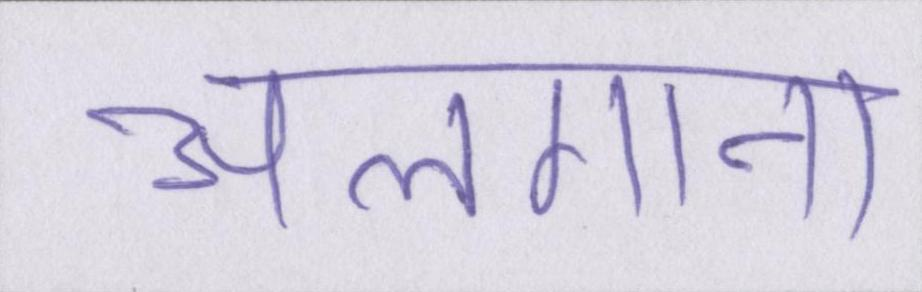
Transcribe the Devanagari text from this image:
अलगाना